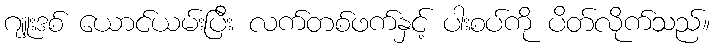
ဂျူးဒစ် ယောင်ယမ်းပြီး လက်တစ်ဖက်နှင့် ပါးစပ်ကို ပိတ်လိုက်သည်။